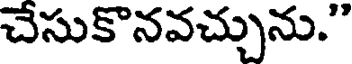
చేసుకొనవచ్చును."